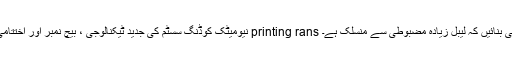
p نیومیٹک کوڈنگ سسٹم کی جدید ٹیکنالوجی ، بیچ نمبر اور اختتامی تاریخ کو واضح طور پر پرنٹ کرنا printing rans ٹرانسمیشن کی قسم رولنگ ڈیوائس ، یقینی بنائیں کہ لیبل زیادہ مضبوطی سے منسلک ہے۔